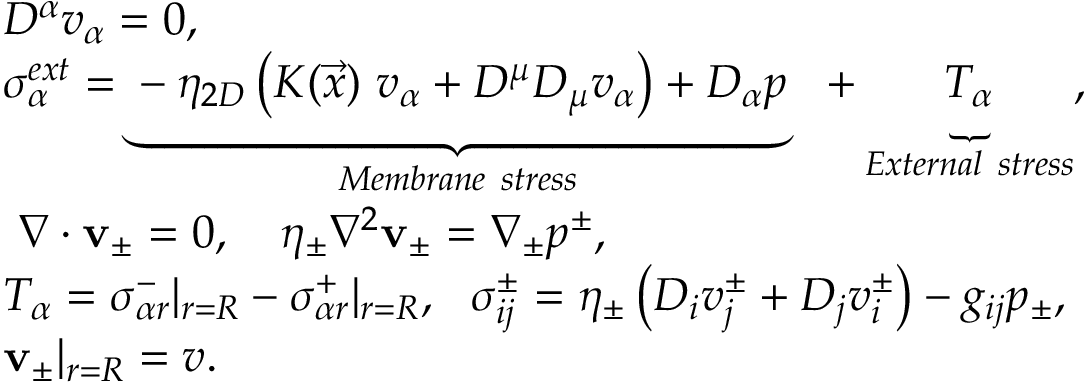
\begin{array} { r l } & { D ^ { \alpha } v _ { \alpha } = 0 , } \\ & { \sigma _ { \alpha } ^ { e x t } = \underbrace { - \eta _ { 2 D } \left( K ( \vec { x } ) ~ v _ { \alpha } + D ^ { \mu } D _ { \mu } v _ { \alpha } \right) + D _ { \alpha } p } _ { M e m b r a n e ~ s t r e s s } ~ ~ + \underbrace { T _ { \alpha } } _ { E x t e r n a l ~ s t r e s s } , } \\ & { ~ \nabla \cdot { \bf v } _ { \pm } = 0 , ~ ~ ~ \eta _ { \pm } \nabla ^ { 2 } { \bf v } _ { \pm } = \nabla _ { \pm } p ^ { \pm } , } \\ & { T _ { \alpha } = \sigma _ { \alpha r } ^ { - } | _ { r = R } - \sigma _ { \alpha r } ^ { + } | _ { r = R } , ~ ~ \sigma _ { i j } ^ { \pm } = \eta _ { \pm } \left( D _ { i } v _ { j } ^ { \pm } + D _ { j } v _ { i } ^ { \pm } \right) - g _ { i j } p _ { \pm } , } \\ & { { \bf v } _ { \pm } | _ { r = R } = v . } \end{array}